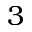
3